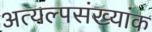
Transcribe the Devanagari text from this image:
अत्यल्पसंख्यांक